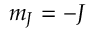
m _ { J } = - J